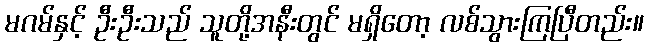
မဂမ်နှင့် ဦးဦးသည် သူတို့အနီးတွင် မရှိတော့ လစ်သွားကြပြီတည်း။